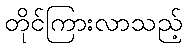
တိုင်ကြားလာသည့်